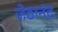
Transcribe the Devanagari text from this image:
जेठानंद